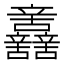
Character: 𨑂